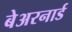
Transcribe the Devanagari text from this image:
बेअरनार्ड